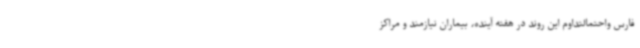
فارس واحتمالتداوم این روند در هفته آینده، بیماران نیازمند و مراکز